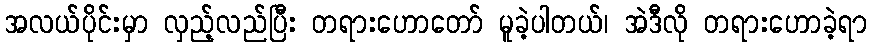
အလယ်ပိုင်းမှာ လှည့်လည်ပြီး တရားဟောတော် မူခဲ့ပါတယ်၊ အဲဒီလို တရားဟောခဲ့ရာ